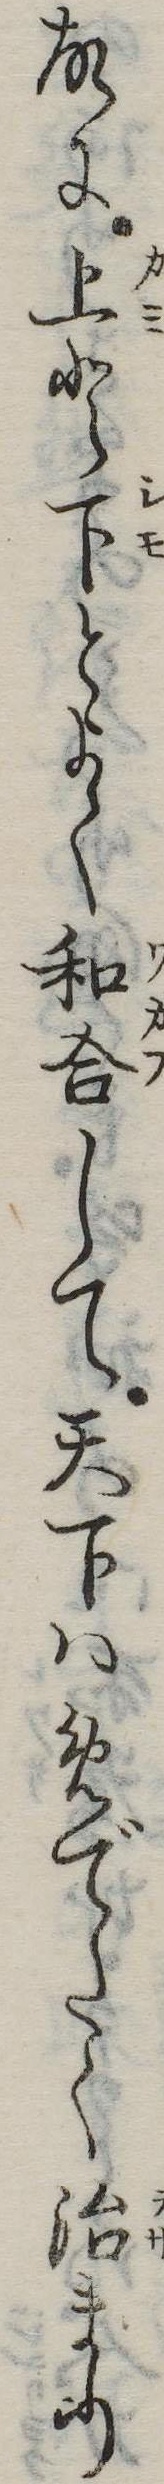
故に上と下とよく和合して天下はめでたく治まり